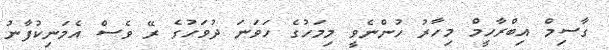
ގާސިމް އިބްރާހީމް މިހާރު ހުންނެވީ މިމަހުގެ ހަވަނަ ދުވަހުގެ ރޭ ވެސް އެމަނިކުފާނު